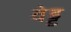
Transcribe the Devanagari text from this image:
वेड्ड